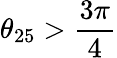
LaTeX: \theta_{25}>\frac{3\pi}{4}